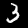
Digit: 3